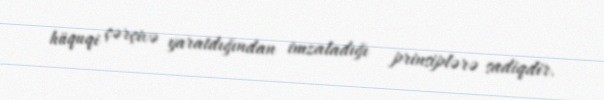
hüquqi çərçivə yaratdığından imzaladığı prinsiplərə sadiqdir.